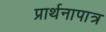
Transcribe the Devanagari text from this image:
प्रार्थनापात्र